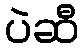
ပဲဆီ